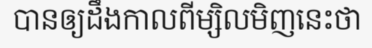
បានឲ្យដឹងកាលពីម្សិលមិញនេះថា